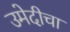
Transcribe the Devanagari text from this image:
उमेदीचा